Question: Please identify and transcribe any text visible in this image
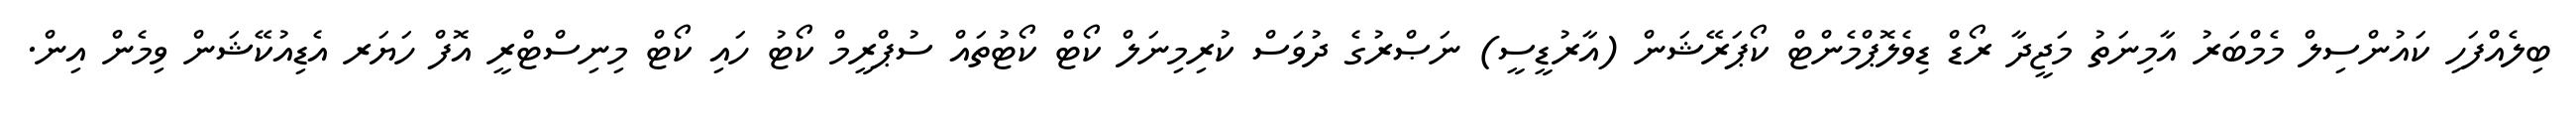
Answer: ބިލެއްފަހި ކައުންސިލް މެމްބަރު އާމިނަތު މަޖީދާ ރޯޑް ޑިވެލޮޕްމެންޓް ކޯޕަރޭޝަން (އާރުޑީސީ) ނަޞްރުގެ ދުވަސް ކުރިމިނަލް ކޯޓް ކޯޓުތައް ސުޕްރީމް ކޯޓު ހައި ކޯޓް މިނިސްޓްރީ އޮފް ހަޔަރ އެޑިއުކޭޝަން ވިމެން އިން.